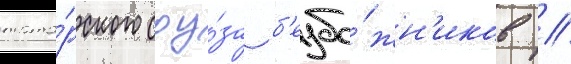
тата́рского соу́за б'езбо́жн'иков //